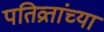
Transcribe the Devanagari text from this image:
पतिव्रतांच्या